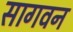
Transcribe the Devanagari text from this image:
सागवन